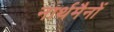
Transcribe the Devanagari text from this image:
नार्थमैनों